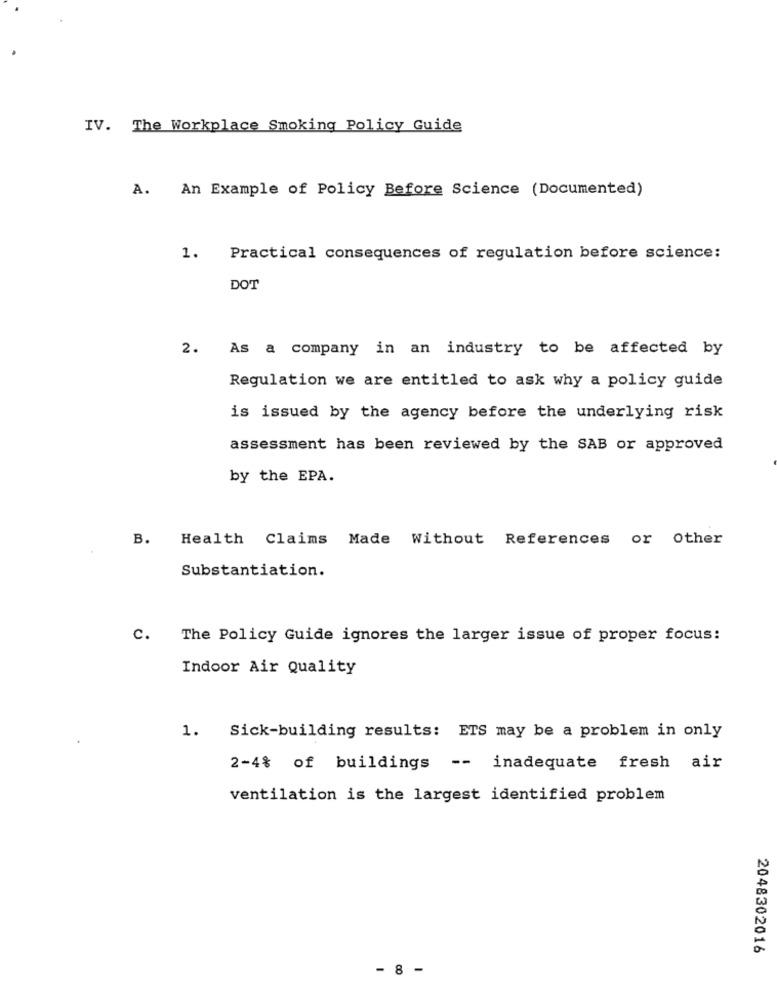
IV. The Workplace Smoking Policy Guide
A. An Example of Policy Before Science (Documented)
1.
Practical consequences of regulation before science:
DOT
2. As a company in an industry to be affected by
Regulation we are entitled to ask why a policy guide
is issued by the agency before the underlying risk
assessment has been reviewed by the SAB or approved
by the EPA.
B.
Health Claims Made Without References or other
Substantiation.
c.
The Policy Guide ignores the larger issue of proper focus:
Indoor Air Quality
1. Sick-building results: ETS may be a problem in only
2-4% of buildings -- inadequate fresh air
ventilation is the largest identified problem
2048302016
- 8 -